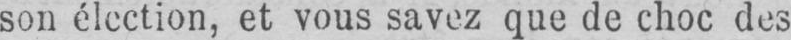
son élection, et vous savez que de choc des